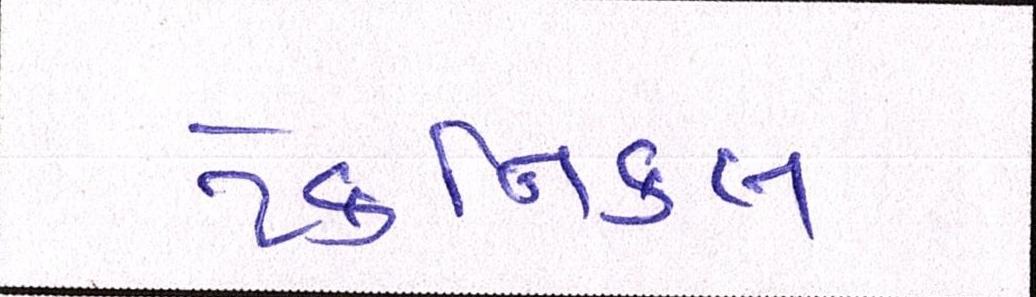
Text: ટેકનિકલ